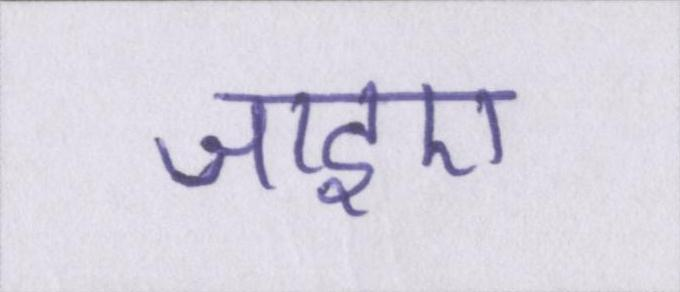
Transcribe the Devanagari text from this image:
जाइए